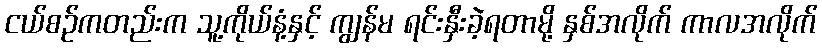
ငယ်စဉ်ကတည်းက သူ့ကိုယ်နံ့နှင့် ကျွန်မ ရင်းနှီးခဲ့ရတာမို့ နှစ်အလိုက် ကာလအလိုက်